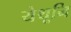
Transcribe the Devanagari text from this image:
येथूनि